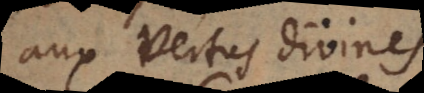
aux vertus divines.